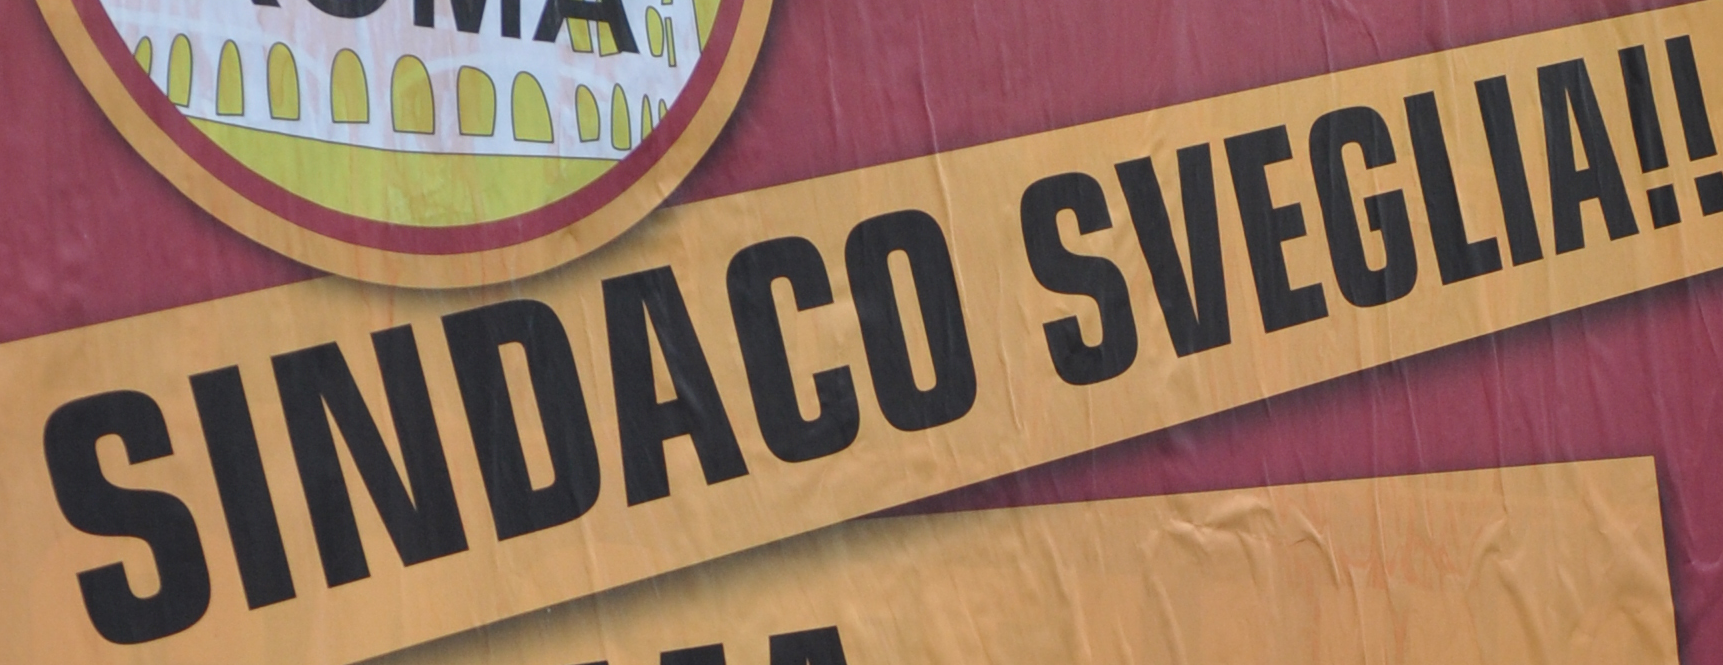
SINDACO SVEGLIA!!